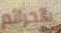
بالجرائم